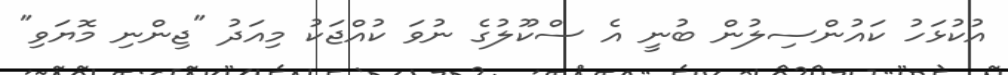
އުކުޅަހު ކައުންސިލުން ބުނީ އެ ސްކޫލުގެ ނުވަ ކުއްޖަކު މިއަދު "ޖިންނި މޮޔަވި"